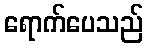
ရောက်ပေသည်